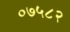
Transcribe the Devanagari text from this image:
०७५८२